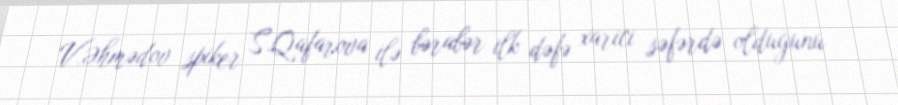
V.Əhmədov spiker S.Qafarova ilə bərabər ilk dəfə xarici səfərdə olduğunu